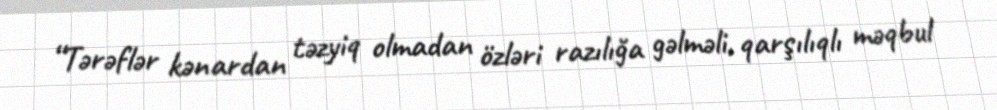
“Tərəflər kənardan təzyiq olmadan özləri razılığa gəlməli, qarşılıqlı məqbul